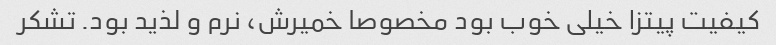
کیفیت پیتزا خیلی خوب بود مخصوصا خمیرش، نرم و لذید بود. تشکر